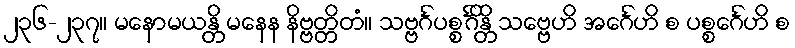
၂၃၆-၂၃၇။ မနောမယန္တိ မနေန နိဗ္ဗတ္တိတံ။ သဗ္ဗင်္ဂပစ္စင်္ဂိန္တိ သဗ္ဗေဟိ အင်္ဂေဟိ စ ပစ္စင်္ဂေဟိ စ